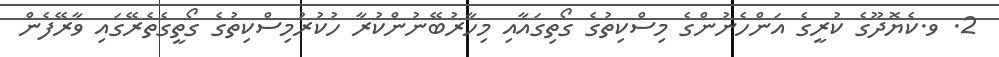
2. ވ.ކެޔޮދޫގެ ކުރީގެ އަންހެނުންގެ މިސްކިތުގެ ގޯތިގައާއި މިހާރުބޭނުންކުރާ ހުކުރުމިސްކިތުގެ ގޯތީގެތެރޭގައި ވާރޭފެން